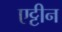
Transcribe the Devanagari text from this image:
एट्टीन